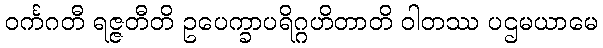
ဝင်္ကဂတီ ရဇ္ဇတီတိ ဥပေက္ခာပရိဂ္ဂဟိတာတိ ဝါတဿ ပဌမယာမေ